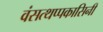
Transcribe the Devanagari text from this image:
वंसत्थप्पकासिनी